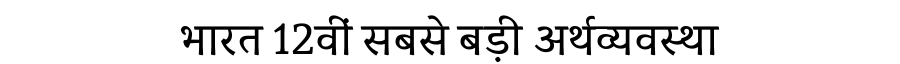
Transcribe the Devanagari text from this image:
भारत 12वीं सबसे बड़ी अर्थव्यवस्था